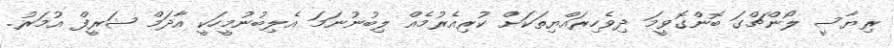
ރިޔާސީ ލޯންޗްގަ ބޮންގޮވީމަ ދިވެހިރައްޔިތަކަށް ކުރިއެރުމެއް ލިބުނުނަމަ އެލިބުނުމީހަކީ އާދަމް ޝަރީފް އުމަރު.